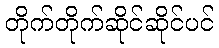
တိုက်တိုက်ဆိုင်ဆိုင်ပင်